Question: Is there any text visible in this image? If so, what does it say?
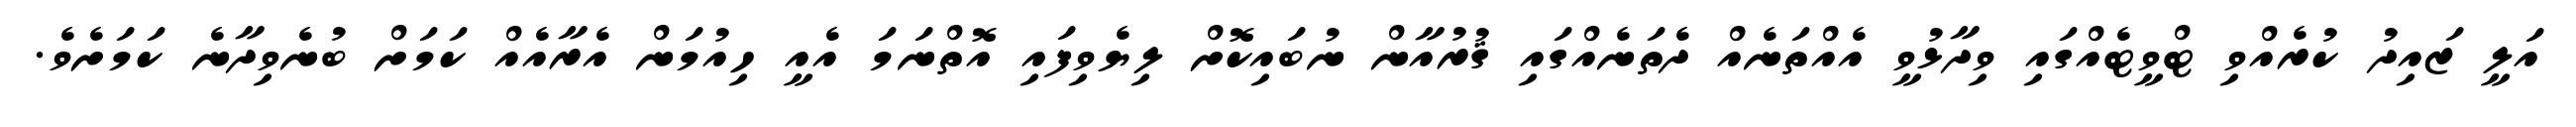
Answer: އަލީ ޒައިދު ކުރެއްވި ޓްވީޓެއްގައި ވިދާޅުވީ އެއްތަނެއް ދެތަނެއްގައި ޤުރުއާން ނުބައިކޮށް ލިޔެވިފައި އޮތްނަމަ އެއީ ހިއުމަން އެރާއެއް ކަމަށް ބުނެވިދާނެ ކަމަށެވެ.